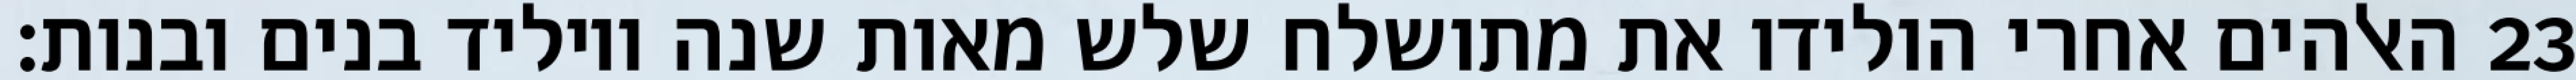
האלהים אחרי הולידו את מתושלח שלש מאות שנה ויוליד בנים ובנות׃ ‎23‏